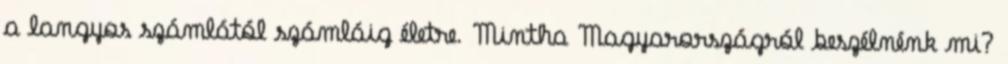
a langyos számlától számláig életre. Mintha Magyarországról beszélnénk mi?